Indian journal of veterinary science and animal husbandry - Volume 11,
Year: 1941
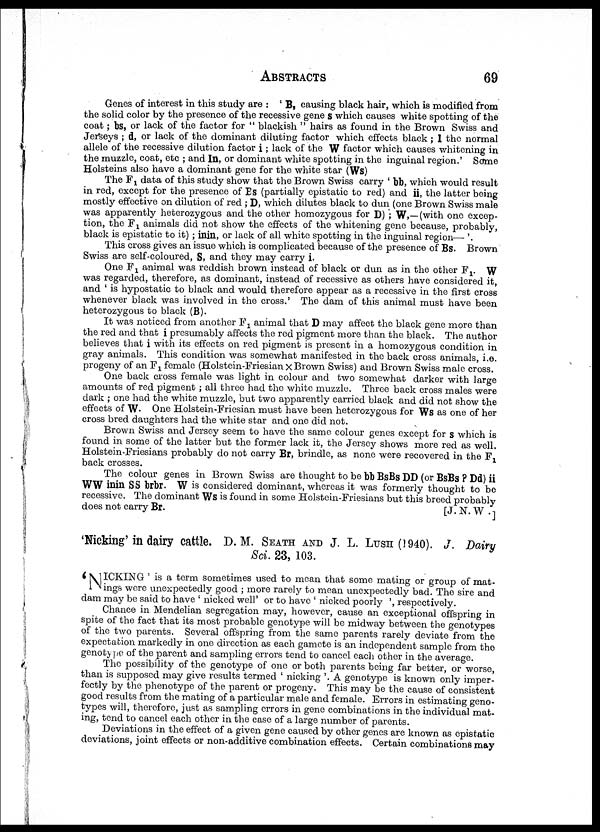
ABSTRACTS
69
Genes of interest in this study are : ' B, causing black hair, which is modified from
the solid color by the presence of the recessive gene s which causes white spotting of the
coat; bs, or lack of the factor for " blackish " hairs as found in the Brown Swiss and
Jerseys ; d, or lack of the dominant diluting factor which effects black ; I the normal
allele of the recessive dilution factor i; lack of the W factor which causes whitening in
the muzzle, coat, etc ; and In, or dominant white spotting in the inguinal region.' Some
Holsteins also have a dominant gene for the white star (Ws)
The F 1 data of this study show that the Brown Swiss carry ' bb, which would result
in red, except for the presence of Es (partially epistatic to red) and ii, the latter being
mostly effective on dilution of red ; D, which dilutes black to dun (one Brown Swiss male
was apparently heterozygous and the other homozygous for D) ; W,—(with one excep-
tion, the F 1 animals did not show the effects of the whitening gene because, probably,
black is epistatic to it) ; inin, or lack of all white spotting in the inguinal region— '.
This cross gives an issue which is complicated because of the presence of Bs. Brown
Swiss are self-coloured, S, and they may carry i.
One F 1 animal was reddish brown instead of black or dun as in the other F 1 W
was regarded, therefore, as dominant, instead of recessive as others have considered it,
and ' is hypostatic to black and would therefore appear as a recessive in the first cross
whenever black was involved in the cross. ' The dam of this animal must have been
heterozygous to black (B).
It was noticed from another F 1 animal that D may affect the black gene more than
the red and that i presumably affects the red pigment more than the black. The author
believes that i with its effects on red pigment is present in a homozygous condition in
gray animals. This condition was somewhat manifested in the back cross animals, i. e.
progeny of an F 1 female (Holstein-Friesian × Brown Swiss) and Brown Swiss male cross.
One back cross female was light in colour and two somewhat darker with large
amounts of red pigment ; all three had the white muzzle. Three back cross males were
dark ; one had the white muzzle, but two apparently carried black and did not show the
effects of W. One Holstein-Friesian must have been heterozygous for Ws as one of her
cross bred daughters had the white star and one did not.
Brown Swiss and Jersey seem to have the same colour genes except for s which is
found in some of the latter but the former lack it, the Jersey shows more red as well.
Holstein-Friesians probably do not carry Br, brindle, as none were recovered in the F 1
back crosses.
The colour genes in Brown Swiss are thought to be bb BsBs DD (or BsBs ? Dd) ii
WW inin SS brbr. W is considered dominant, whereas it was formerly thought to be
recessive. The dominant Ws is found in some Holstein-Friesians but this breed probably
does not carry Br.
[J. N. W. ]
'Nicking'in dairy cattle. D. M. SEATH AND J. L. LUSH (1940). J. Dairy
Sci. 23, 103.
'NICKING
' is a term sometimes used to mean that some mating or group of mat-
ings were unexpectedly good ; more rarely to mean unexpectedly bad. The sire and
dam may be said to have ' nicked well' or to have ' nicked poorly ', respectively.
Chance in Mendelian segregation may, however, cause an exceptional offspring in
spite of the fact that its most probable genotype will be midway between the genotypes
of the two parents. Several offspring from the same parents rarely deviate from the
expectation markedly in one direction as each gamete is an independent sample from the
genotype of the parent and sampling errors tend to cancel each other in the average.
The possibility of the genotype of one or both parents being far better, or worse,
than is supposed may give results termed ' nicking '. A genotype is known only imper-
fectly by the phenotype of the parent or progeny. This may be the cause of consistent
good results from the mating of a particular male and female. Errors in estimating geno-
types will, therefore, just as sampling errors in gene combinations in the individual mat¬
ing, tend to cancel each other in the case of a large number of parents.
Deviations in the effect of a given gene caused by other genes are known as epistatic
deviations, joint effects or non-additive combination effects. Certain combinations may